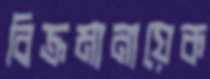
বিক্রমানায়েক